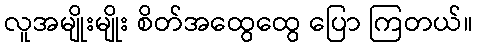
လူအမျိုးမျိုး စိတ်အထွေထွေ ပြော ကြတယ်။